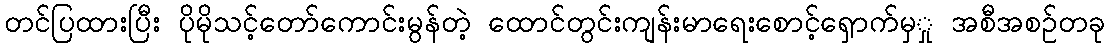
တင်ပြထားပြီး ပိုမိုသင့်တော်ကောင်းမွန်တဲ့ ထောင်တွင်းကျန်းမာရေးစောင့်ရှောက်မှှု အစီအစဉ်တခု